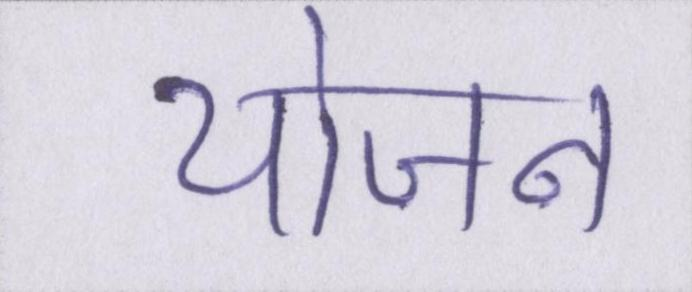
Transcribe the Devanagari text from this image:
योजन